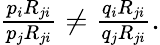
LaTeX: \begin{array}{r}{\frac{p_{i}R_{ji}}{p_{j}R_{ji}}\ne\frac{q_{i}R_{ji}}{q_{j}R_{ji}}.}\end{array}